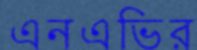
এনএভির